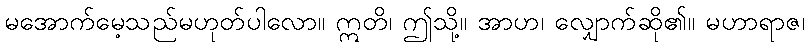
မအောက်မေ့သည်မဟုတ်ပါလော။ ဣတိ၊ ဤသို့။ အာဟ၊ လျှောက်ဆို၏။ မဟာရာဇ၊